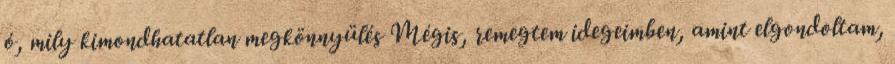
ó, mily kimondhatatlan megkönnyülés Mégis, remegtem idegeimben, amint elgondoltam,